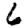
Digit: 6